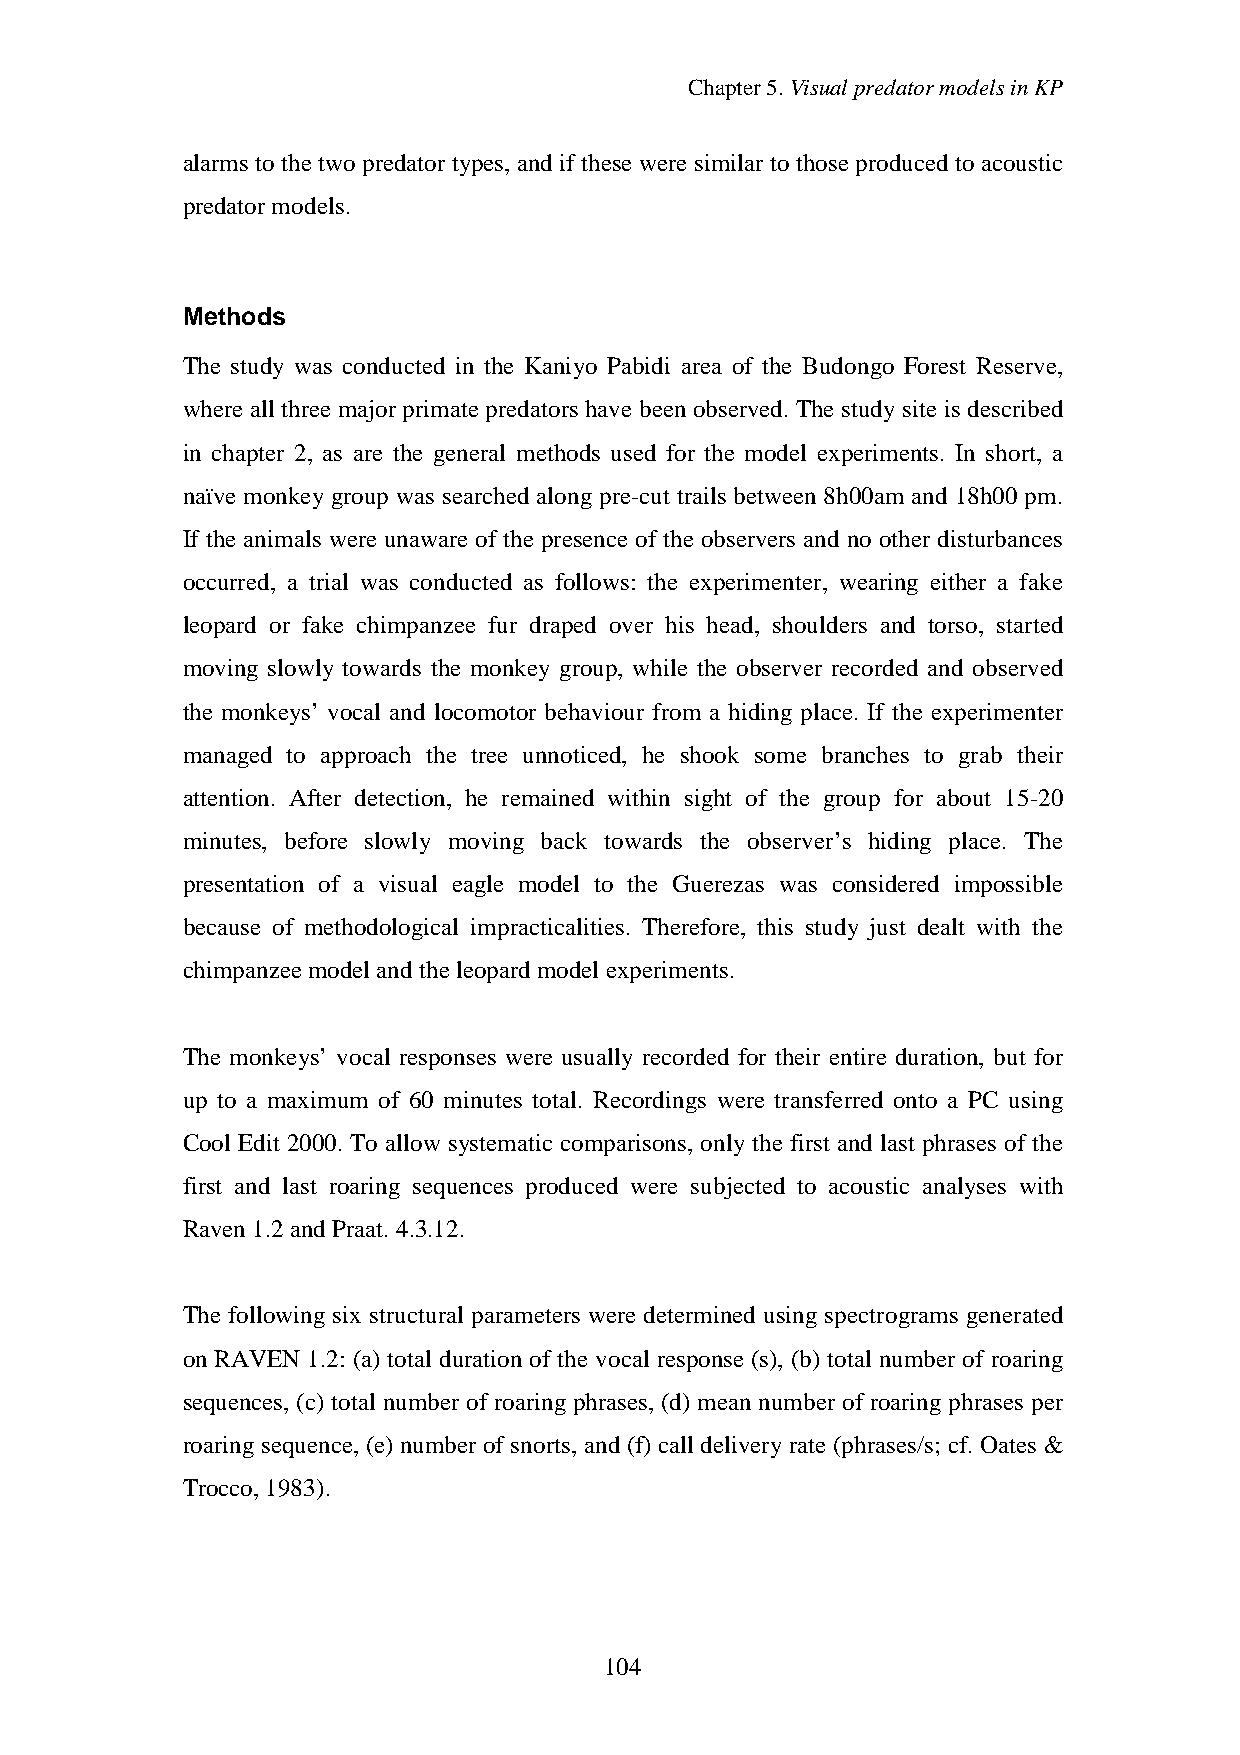
Chapter5.VisualpredatormodelsinKP
 alarms to the two predator types, and if these were similar tothose produced to acoustic
 predatormodels.
 Methods
 The study was conducted in the Kaniyo Pabidi area of the Budongo Forest Reserve,
 where all three major primate predators have been observed. The studysite is described
 in chapter 2, as are the general methods used for the model experiments. In short, a
 naïve monkey group was searched along pre-cut trails between 8h00am and 18h00 pm.
 If the animals were unaware of the presence of the observers and no other disturbances
 occurred, a trial was conducted as follows: the experimenter, wearing either a fake
 leopard or fake chimpanzee fur draped over his head, shoulders and torso, started
 moving slowly towards the monkey group, while the observer recorded and observed
 the monkeys’ vocal and locomotor behaviour from a hiding place. If the experimenter
 managed to approach the tree unnoticed, he shook some branches to grab their
 attention. After detection, he remained within sight of the group for about 15-20
 minutes, before slowly moving back towards the observer’s hiding place. The
 presentation of a visual eagle model to the Guerezas was considered impossible
 because of methodological impracticalities. Therefore, this study just dealt with the
 chimpanzeemodel andtheleopardmodel experiments.
 The monkeys’ vocal responses were usually recorded for their entire duration, but for
 up to a maximum of 60 minutes total. Recordings were transferred onto a PC using
 Cool Edit 2000. To allow systematic comparisons, only the first and last phrases of the
 first and last roaring sequences produced were subjected to acoustic analyses with
 Raven1.2andPraat.4.3.12.
 The following six structural parameters were determined using spectrograms generated
 on RAVEN 1.2: (a) total duration of the vocal response (s), (b) total number of roaring
 sequences, (c) total number of roaring phrases, (d) mean number of roaring phrases per
 roaring sequence, (e) number of snorts, and (f) call deliveryrate (phrases/s; cf. Oates &
 Trocco,1983).
 104